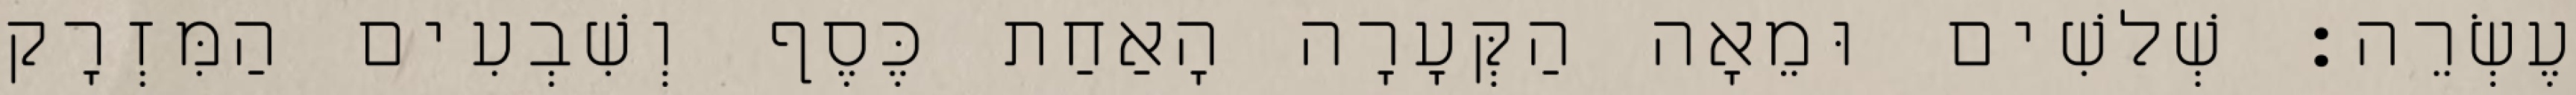
עֶשְׂרֵה׃ שְׁלשִׁים וּמֵאָה הַקְּעָרָה הָאַחַת כֶּסֶף וְשִׁבְעִים הַמִּזְרָק